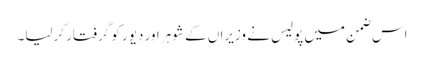
اس ضمن میں پولیس نے وزیراں کے شوہر اور دیور کو گرفتار کرلیا۔